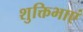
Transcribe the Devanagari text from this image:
शुक्तिभाएं